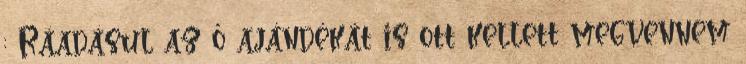
: Ráadásul az ő ajándékát is ott kellett megvennem